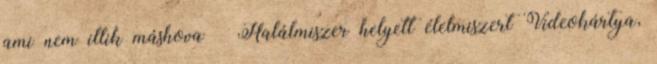
ami nem illik máshova Halálmiszer helyett élelmiszert Videokártya,